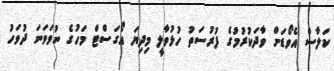
ކަލާސް އެވޯޑަށް ވާދަކުރުމުގެ ފުރުސަތު ހުޅުވާލީ މިދިޔަ އޯގަސްޓް މަހުގެ ނުވަވަނަ ދުވަހު